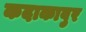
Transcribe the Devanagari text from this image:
कदाकावुर